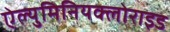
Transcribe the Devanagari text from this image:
ऐल्युमिनियक्लोराइड